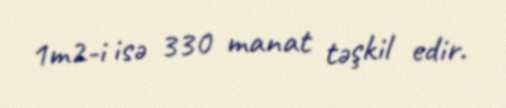
1m2-i isə 330 manat təşkil edir.